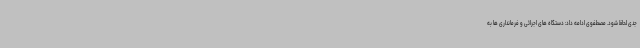
جدی لحاظ شود. مصطفوی ادامه داد: دستگاه های اجرائی و فرمانداری ها به